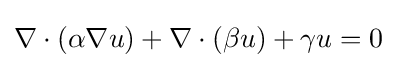
\nabla \cdot (\alpha \nabla u)+\nabla \cdot (\beta u)+\gamma u=0